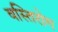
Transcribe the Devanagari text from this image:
वस्तिरोग